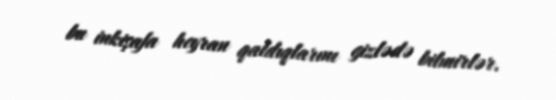
bu inkişafa heyran qaldıqlarını gizlədə bilmirlər.